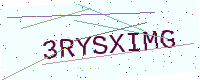
Text: 3RYSXIMG